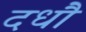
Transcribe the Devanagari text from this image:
दधौ